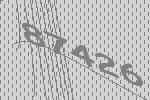
87426